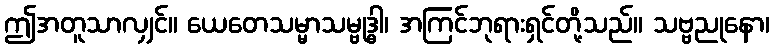
ဤအတူသာလျှင်။ ယေတေသမ္မာသမ္ဗုဒ္ဓါ၊ အကြင်ဘုရားရှင်တို့သည်။ သဗ္ဗညုနော၊